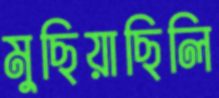
মুছিয়াছিলি